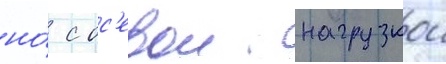
но́ с ос'евои нагрузкои